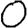
Digit: 0